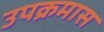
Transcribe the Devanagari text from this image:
उपक्रमास